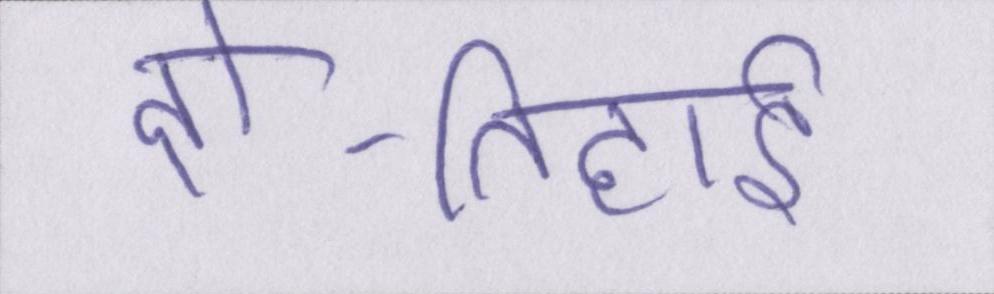
दो-तिहाई